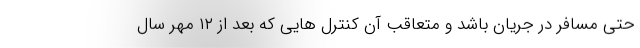
حتی مسافر در جریان باشد و متعاقب آن کنترل هایی که بعد از ۱۲ مهر سال